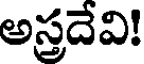
అస్రదేవి!